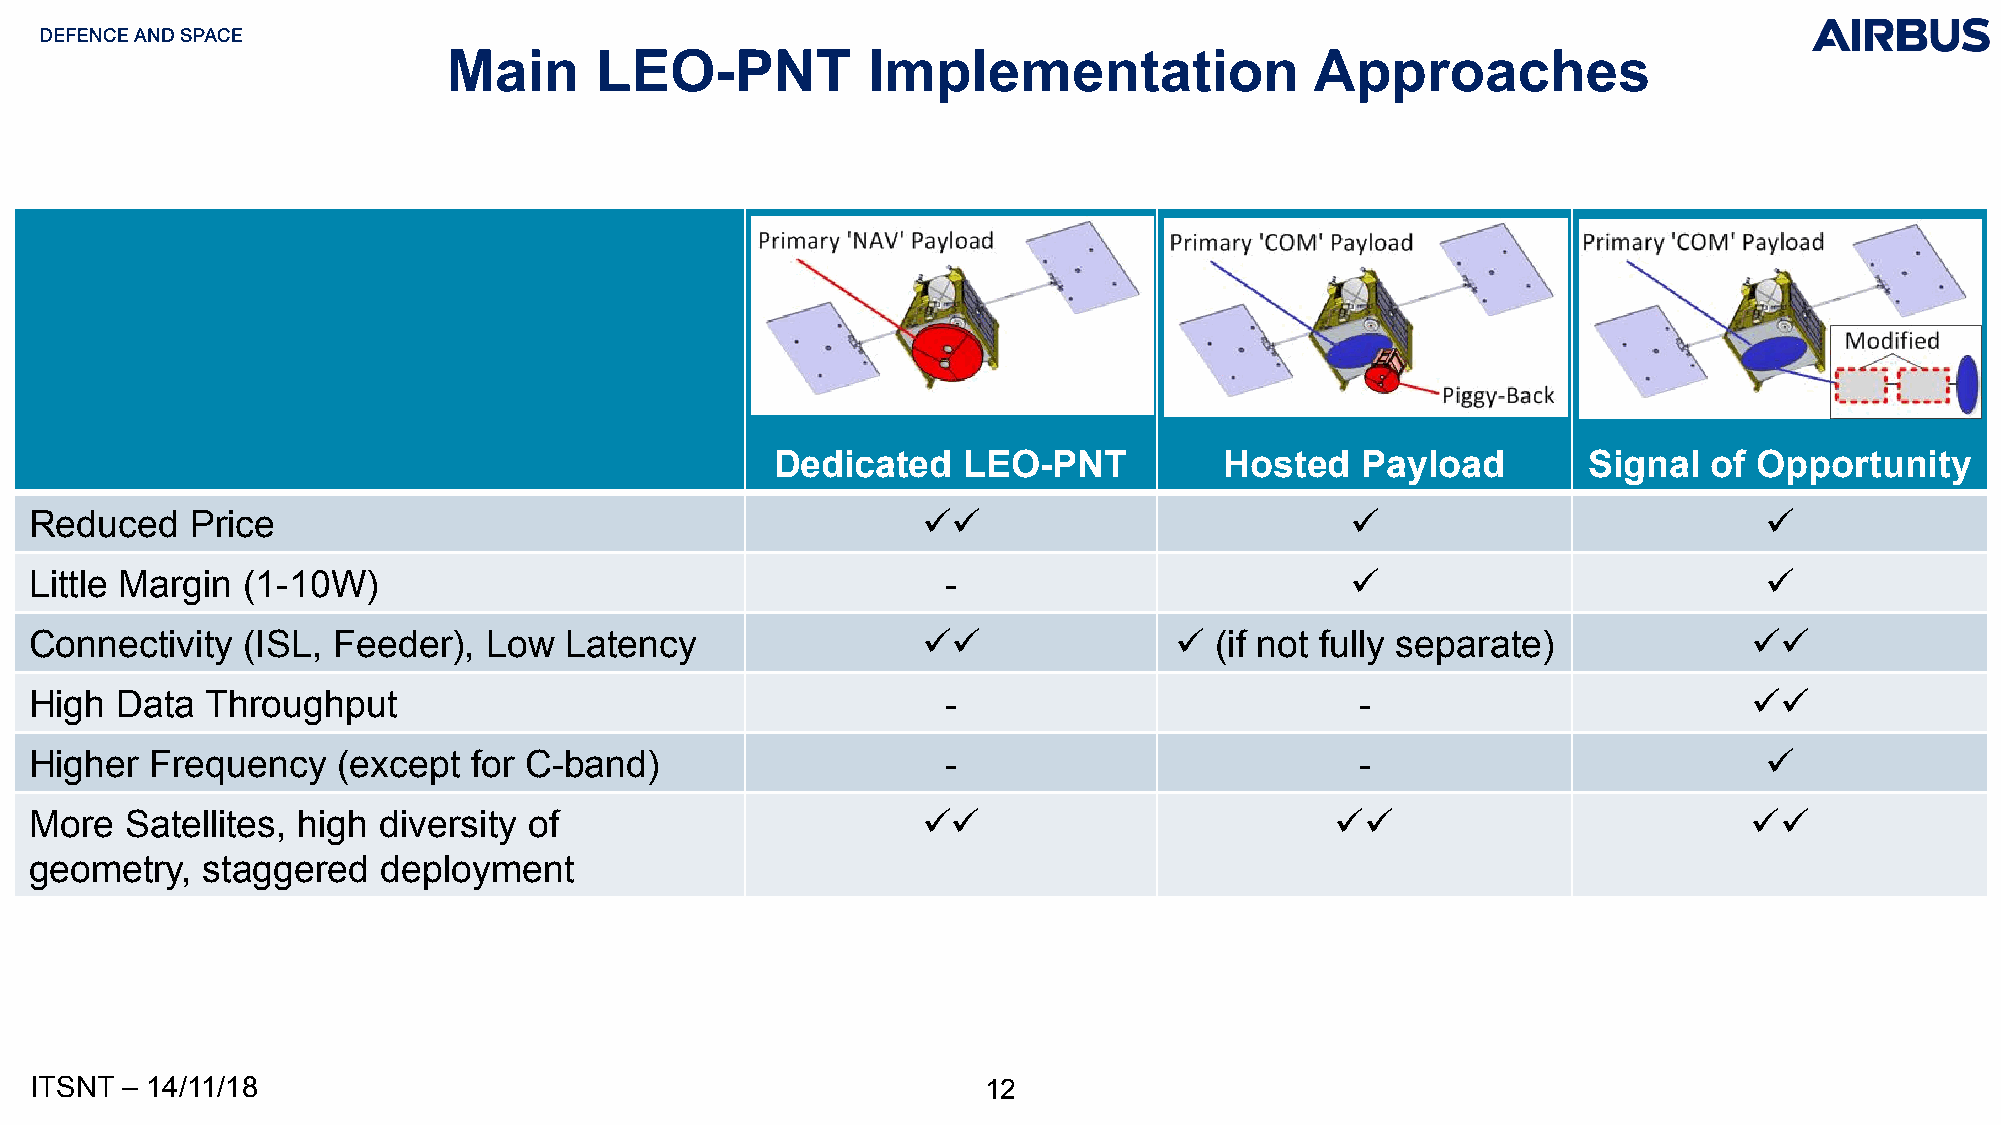
Main     LEO-PNT           Implementation                Approaches
 Dedicated    LEO-PNT          Hosted   Payload        Signal  of Opportunity
 Reduced    Price                                           ✓✓                          ✓                           ✓
 Little Margin (1-10W)                                        -                         ✓                           ✓
 Connectivity  (ISL, Feeder),  Low  Latency                 ✓✓               ✓ (if not fully separate)             ✓✓
 High  Data  Throughput                                       -                          -                         ✓✓
 Higher  Frequency   (except  for C-band)                     -                          -                          ✓
 More  Satellites, high diversity of                        ✓✓                         ✓✓                          ✓✓
 geometry,  staggered   deployment
 ITSNT – 14/11/18                                               12